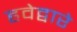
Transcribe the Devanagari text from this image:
हवेद्वारे